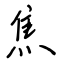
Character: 焦